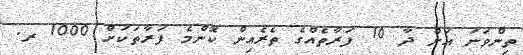
ތިންވަނަ އަށް ދާ 10 ފަރާތެއްގެ ތެރެއިން ކޮންމެ ފަރާތަކަށް 1000 ރ.